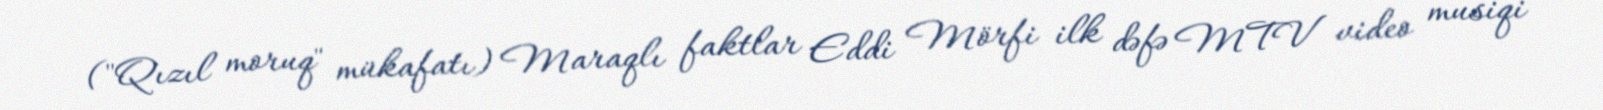
("Qızıl moruq" mükafatı) Maraqlı faktlar Eddi Mörfi ilk dəfə MTV video musiqi